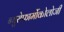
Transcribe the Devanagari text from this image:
न्युरोफार्मोकोलोजी